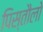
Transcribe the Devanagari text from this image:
पिस्तौलो